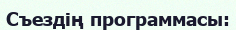
Съездің программасы: